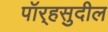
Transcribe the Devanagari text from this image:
पॉर्‍हसुदील